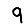
Digit: 9